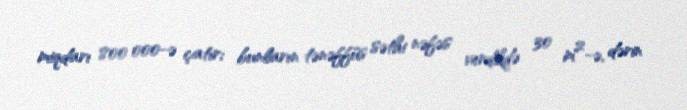
miqdarı 800 000-ə çatır; bunların tənəffüs səthi nəfəs verdikdə 30 m²-ə, dərin